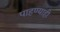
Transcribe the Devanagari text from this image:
पाहण्याही